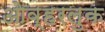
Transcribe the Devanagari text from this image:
ओव्हरलुक